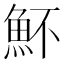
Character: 𩵣